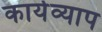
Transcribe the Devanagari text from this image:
कार्यव्याप